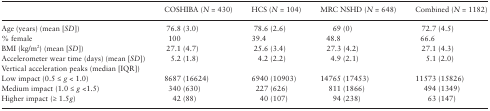
<table><thead><tr><td></td><td><b>COSHIBA (<i>N</i> = 430)</b></td><td><b>HCS (<i>N</i> = 104)</b></td><td><b>MRC NSHD (<i>N</i> = 648)</b></td><td><b>Combined (<i>N</i> = 1182)</b></td></tr></thead><tbody><tr><td>Age (years) (mean [<i>SD</i>])</td><td>76.8 (3.0)</td><td>78.6 (2.6)</td><td>69 (0)</td><td>72.7 (4.5)</td></tr><tr><td>% female</td><td>100</td><td>39.4</td><td>48.8</td><td>66.6</td></tr><tr><td>BMI (kg/m<sup>2</sup>) (mean [<i>SD</i>])</td><td>27.1 (4.7)</td><td>25.6 (3.4)</td><td>27.3 (4.2)</td><td>27.1 (4.3)</td></tr><tr><td>Accelerometer wear time (days) (mean [<i>SD</i>])</td><td>5.2 (1.8)</td><td>4.2 (2.2)</td><td>4.9 (2.1)</td><td>5.1 (2.0)</td></tr><tr><td colspan="5">Vertical acceleration peaks (median [IQR])</td></tr><tr><td>Low impact (0.5 ≤ <i>g</i> &lt; 1.0)</td><td>8687 (16624)</td><td>6940 (10903)</td><td>14765 (17453)</td><td>11573 (15826)</td></tr><tr><td>Medium impact (1.0 ≤ <i>g</i> &lt;1.5)</td><td>340 (630)</td><td>227 (626)</td><td>811 (1866)</td><td>494 (1349)</td></tr><tr><td>Higher impact (≥ 1.5<i>g</i>)</td><td>42 (88)</td><td>40 (107)</td><td>94 (238)</td><td>63 (147)</td></tr></tbody></table>